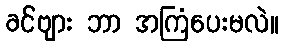
ခင်ဗျား ဘာ အကြံပေးမလဲ။